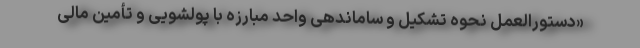
«دستورالعمل نحوه تشکیل و ساماندهی واحد مبارزه با پولشویی و تأمین مالی